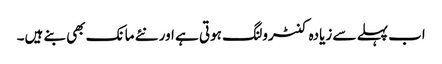
اب پہلے سے زیادہ کنٹرولنگ ہوتی ہے اور نئے مانک بھی بنے ہیں۔